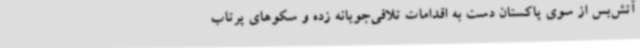
آتش‌بس از سوی پاکستان دست به اقدامات تلافی‌جویانه زده و سکوهای پرتاب